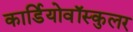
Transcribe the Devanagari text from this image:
कार्डियोवॉस्कुलर